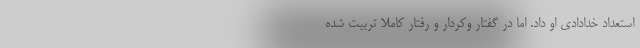
استعداد خدادادی او داد. اما در گفتار وکردار و رفتار کاملا تربیت شده